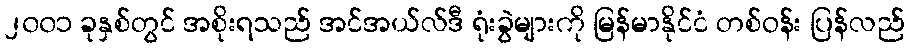
၂၀၀၁ ခုနှစ်တွင် အစိုးရသည် အင်အယ်လ်ဒီ ရုံးခွဲများကို မြန်မာနိုင်ငံ တစ်ဝန်း ပြန်လည်